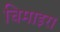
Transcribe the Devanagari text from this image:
चिमाइरा